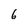
Character: 6